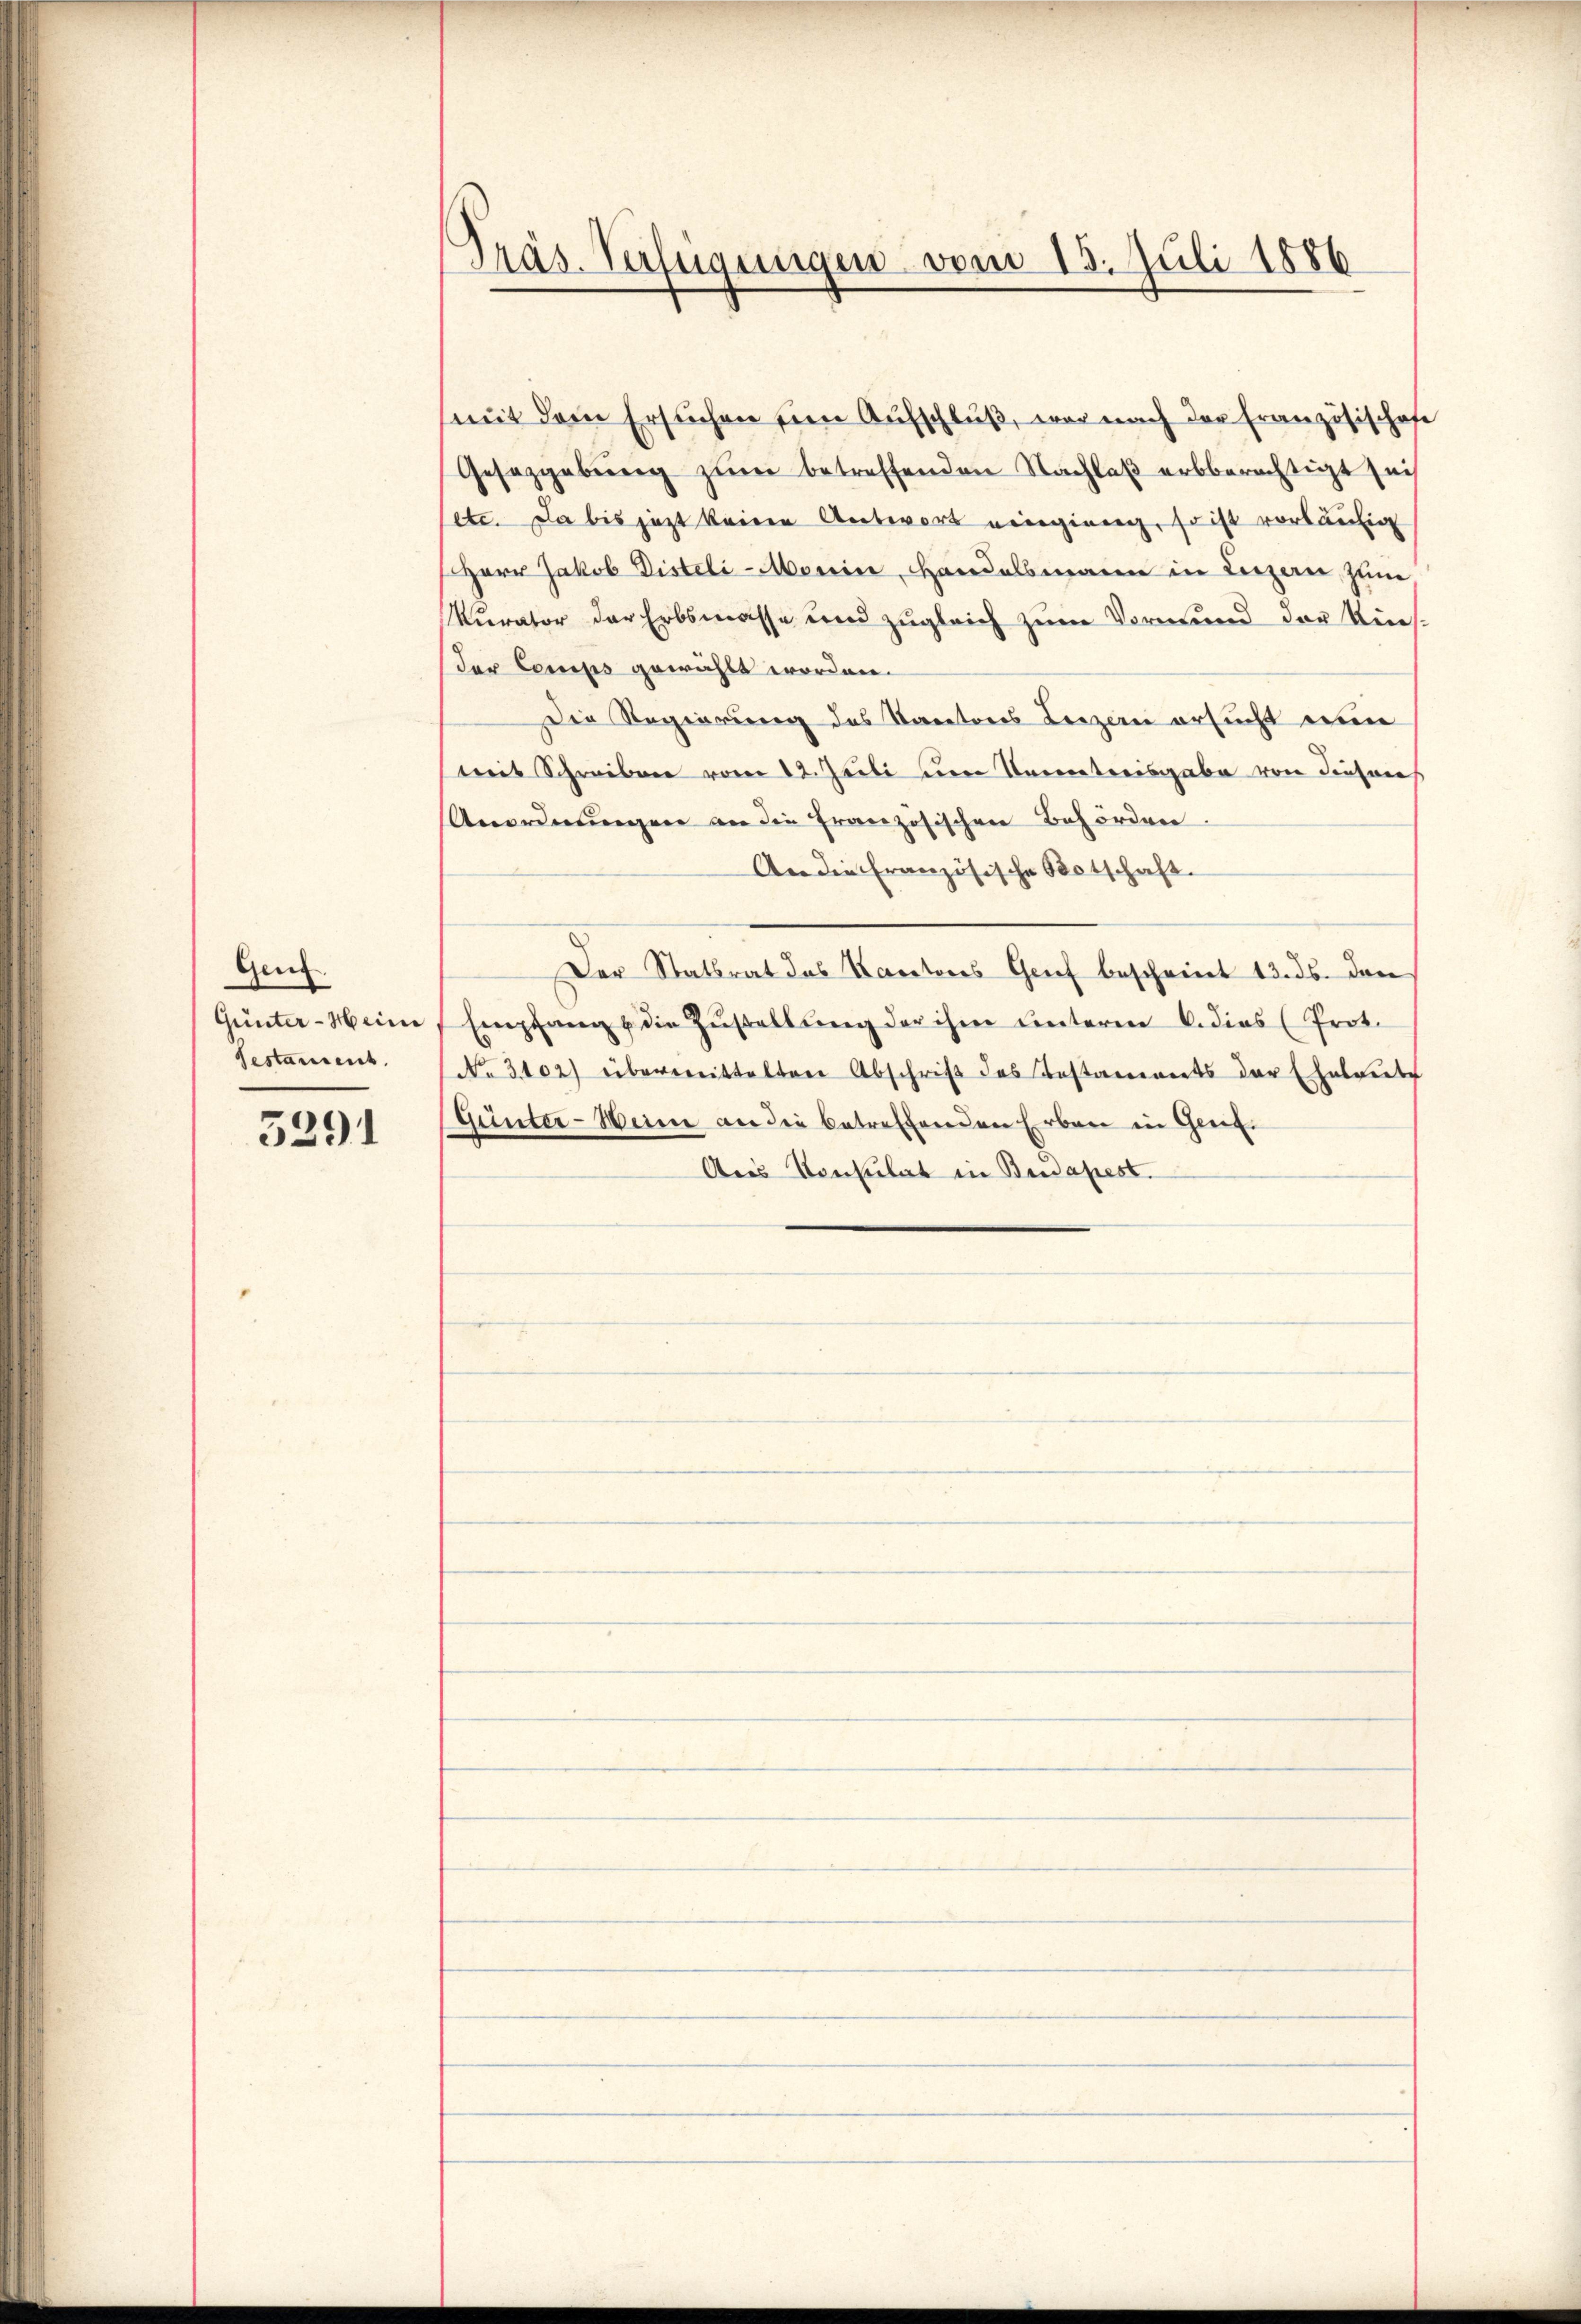
Genz.
Gestament.

3291

Präs. Verfügungen vom 15. Juli 1886

(mit dem Ersuchen ŭm Aŭfschlŭβ, war nach der Französischofe
Gesetzgebŭng zŭm betreffenden Nachlaβ erbberechtigt sei
setc. Da bis jetzt keine Antwort eingieng, so ist vorläufig
Herr Jakob Distli-Monin, Handelsmann in Luzern, züne,
kurator der Erbsmasse und zugleich zum Vormund der Kiesder Comips gewählt worden.
Die Regierung des Kantons Luzern ersucht eine
mit Schreiben vom 12. Juli um Untreisgabe von diesenes
Anordnungen an die französischen Behörden.
An die französische Botschaft.
Der Stattrat das Kantons Genf bescheint 13. ds. den
Günter-Weine Empfang u die Zustellung der ihm unterm 6. dies (Prot.
No 3102) übermittelten Abschrift des Bestaments der Eheleute
Günter-Weine an die betreffenden Erben in Genf.
Aus Konsulat in Budapest.